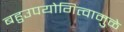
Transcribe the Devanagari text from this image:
बहुउपयोगित्वामुळे